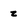
Character: z